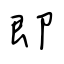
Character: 即